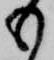
も